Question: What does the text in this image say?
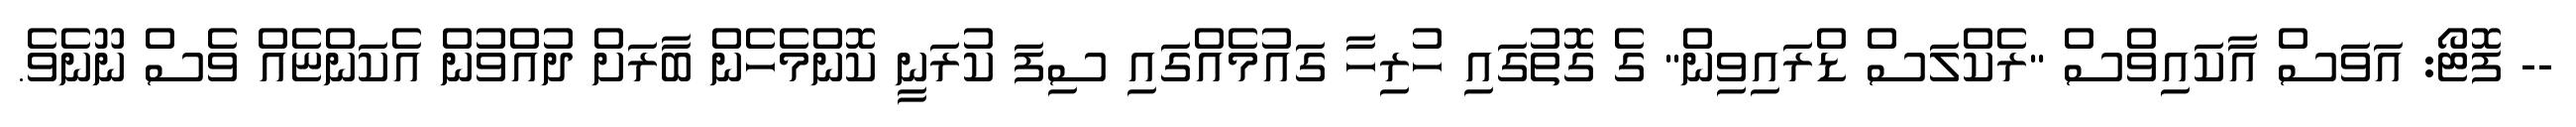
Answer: -- ފޮޓޯ: އަވަސް އާކައިވްސް "ރެކްލަސް ޑްރައިވިން" ގެ ގޮތުގައި ހުރިހާ ގައުމެއްގައި ސިފަ ކުރަނީ ކޮންމެހެން ބާރަށް ދުއްވުން އެކަންޏެއް ވެސް ނޫނެވެ.